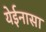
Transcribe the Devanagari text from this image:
येईनासा